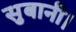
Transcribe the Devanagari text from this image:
सुबानी।